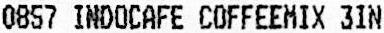
0857 INDOCAFE COFFEEMIX 3IN